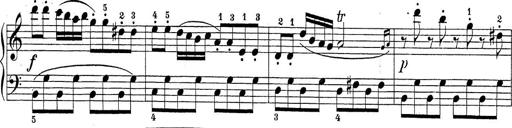
Title: Sonatina Album
Composer: Louis KÃ¶hler